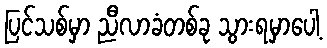
ပြင်သစ်မှာ ညီလာခံတစ်ခု သွားရမှာပေါ့